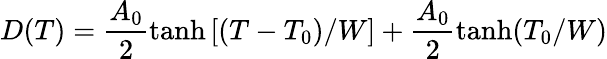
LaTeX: D(T)=\frac{A_{0}}{2}\operatorname{tanh}\left[(T-T_{0})/W\right]+\frac{A_{0}}{2}\operatorname{tanh}(T_{0}/W)